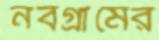
নবগ্রামের